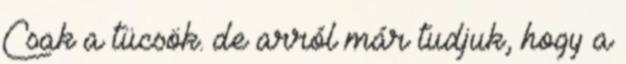
Csak a tücsök. de arról már tudjuk, hogy a